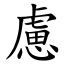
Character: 慮